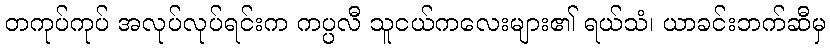
တကုပ်ကုပ် အလုပ်လုပ်ရင်းက ကပ္ပလီ သူငယ်ကလေးများ၏ ရယ်သံ၊ ယာခင်းဘက်ဆီမှ